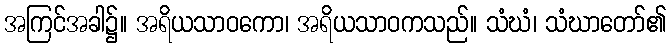
အကြင်အခါ၌။ အရိယသာဝကော၊ အရိယသာဝကသည်။ သံဃံ၊ သံဃာတော်၏